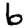
Digit: 6